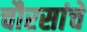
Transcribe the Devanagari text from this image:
चौरसांचे